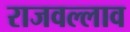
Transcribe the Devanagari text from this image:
राजवल्लाव